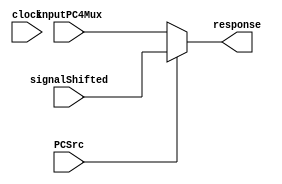
module MuxIF(clock, PCSrc, inputPC4Mux, signalShifted, response);
    
    input clock;
    input [15:0] inputPC4Mux;
    input [15:0] signalShifted;
    input PCSrc;


    output reg [15:0]response;

    always @ (*)begin
        if(PCSrc == 1)begin
            response <= signalShifted;
        end
        else begin
            response <= inputPC4Mux;
        end 
    end

endmodule